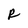
Character: R